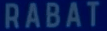
RABAT